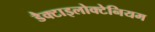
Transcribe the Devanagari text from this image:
डैक्टाइलोक्टेनियम